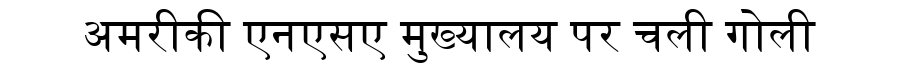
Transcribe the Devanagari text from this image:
अमरीकी एनएसए मुख्यालय पर चली गोली